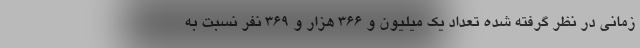
زمانی در نظر گرفته شده تعداد یک میلیون و ۳۶۶ هزار و ۳۶۹ نفر نسبت به